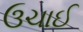
ઉચાઈ